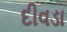
દીવડા